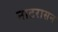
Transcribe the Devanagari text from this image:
नाटरासन